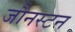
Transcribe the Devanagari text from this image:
जौनस्टन